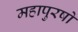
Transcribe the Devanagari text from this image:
महापुरषो